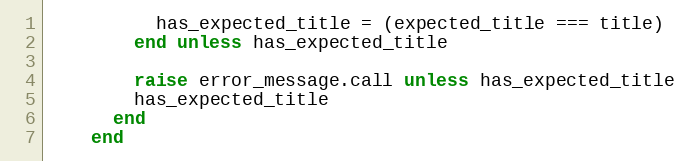
Language: Ruby
          has_expected_title = (expected_title === title)
        end unless has_expected_title

        raise error_message.call unless has_expected_title
        has_expected_title
      end
    end